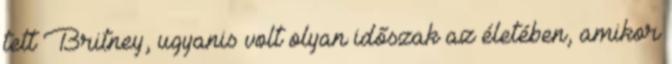
tett Britney, ugyanis volt olyan időszak az életében, amikor